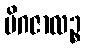
မိဂဇာလဉ္စ